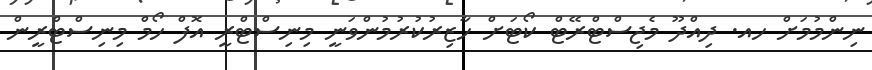
ނިންމުމަށް ހއ. ދިއްދޫ މެޖިސްޓްރޭޓް ކޯޓަށް ހާޒިރުކުރުމުންވަނީ މިނިސްޓްރީ އޮފް ހޯމް މިނިސްޓްރީން